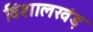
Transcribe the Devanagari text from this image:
विशालखंड़